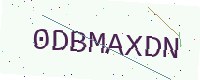
Text: 0DBMAXDN